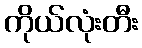
ကိုယ်လုံးတီး